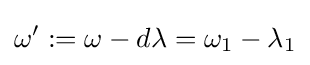
\omega ^{\prime }:=\omega -d\lambda =\omega _{1}-\lambda _{1}